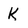
Character: k